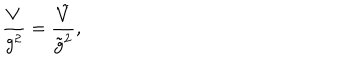
\frac { V } { g ^ { 2 } } = \frac { \tilde { V } } { \tilde { g } ^ { 2 } } ,